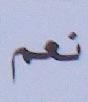
نعم